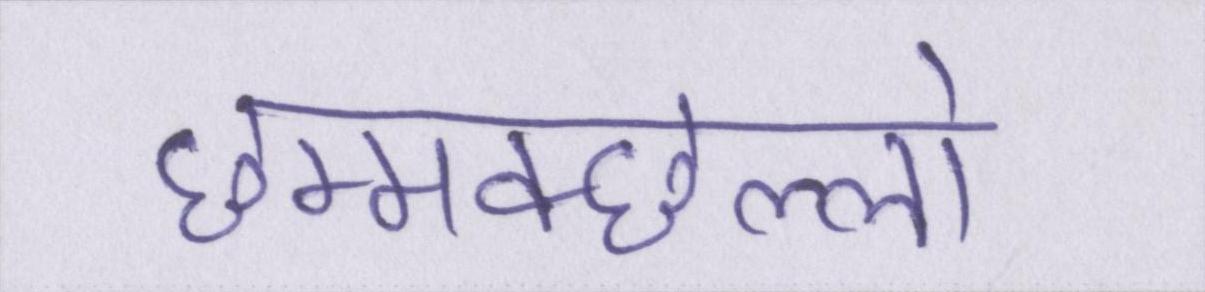
छम्मक्छल्लो